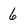
Character: 6